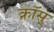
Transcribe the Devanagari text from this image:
क्रॉस्